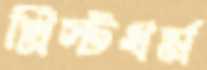
খ্রিস্টধর্ম